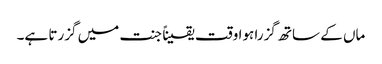
ماں کے ساتھ گزرا ہوا وقت یقیناً جنت میں گزرتا ہے۔